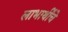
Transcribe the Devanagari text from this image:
लाभार्थींचे